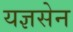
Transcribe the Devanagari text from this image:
यज्ञसेन